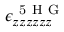
\epsilon _ { z z z z z z } ^ { \mathrm { ~ 5 ~ H ~ G ~ } }